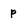
Character: p